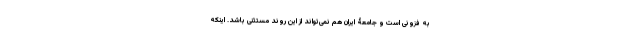
به فزونی است و جامعۀ ایران هم نمی‌تواند از این روند مستثنی باشد. اینکه